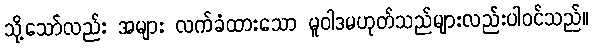
သို့သော်လည်း အများ လက်ခံထားသော မူဝါဒမဟုတ်သည်များလည်းပါဝင်သည်။